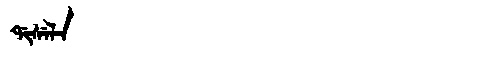
Manchu: ᡩᡳᠰᡝᠯᠠ
Romanization: DISELA